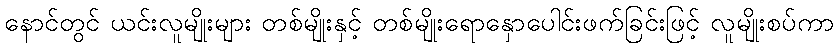
နောင်တွင် ယင်းလူမျိုးများ တစ်မျိုးနှင့် တစ်မျိုးရောနှောပေါင်းဖက်ခြင်းဖြင့် လူမျိုးစပ်ကာ